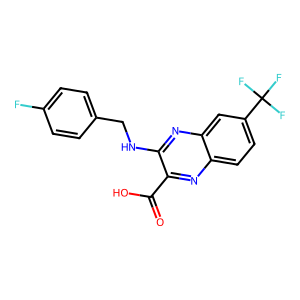
SMILES: O=C(O)c1nc2ccc(C(F)(F)F)cc2nc1NCc1ccc(F)cc1
Inhibits HIV replication: No